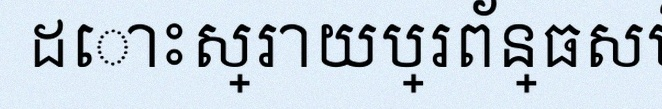
ដោះស្រាយប្រព័ន្ធសមីការ